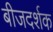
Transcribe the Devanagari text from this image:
बीजदर्शक